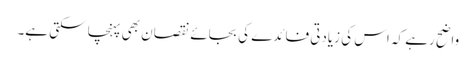
واضح رہے کہ اس کی زیادتی فائدے کی بجائے نقصان بھی پہنچا سکتی ہے۔